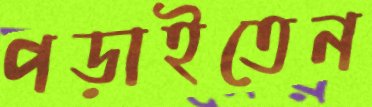
পড়াইতেন